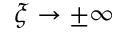
\xi \rightarrow \pm \infty